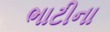
ભાટીના